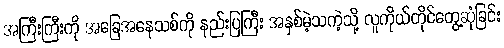
အကြီးကြီးကို အခြေအနေသစ်ကို နည်းပြကြီး အနှစ်မဲ့သကဲ့သို့ လူကိုယ်တိုင်တွေ့ဆုံခြင်း